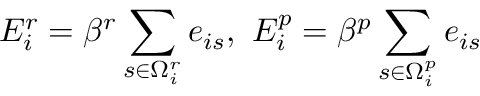
E _ { i } ^ { r } = \beta ^ { r } \sum _ { s \in \Omega _ { i } ^ { r } } e _ { i s } , \mathrm { ~ } E _ { i } ^ { p } = \beta ^ { p } \sum _ { s \in \Omega _ { i } ^ { p } } e _ { i s }